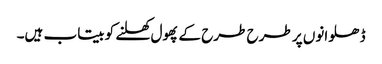
ڈھلوانوں پر طرح طرح کے پھول کھلنے کو بیتاب ہیں۔